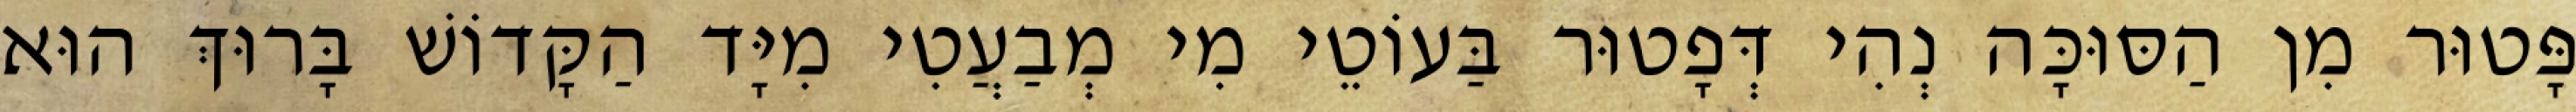
פָּטוּר מִן הַסּוּכָּה נְהִי דְּפָטוּר בַּעוֹטֵי מִי מְבַעֲטִי מִיָּד הַקָּדוֹשׁ בָּרוּךְ הוּא